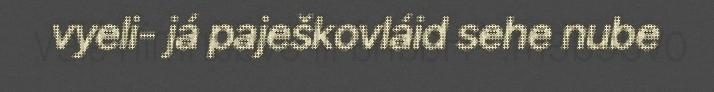
vyeli- já paješkovláid sehe nube